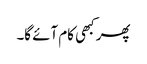
پھر کبھی کام آئے گا۔